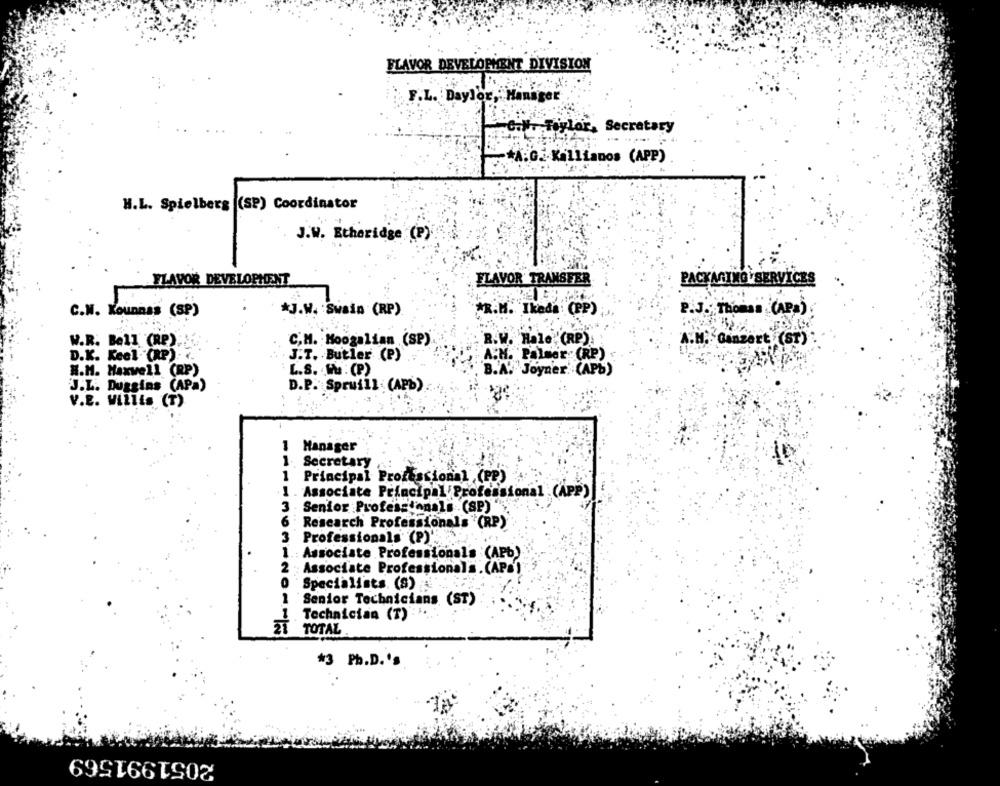
FLAVOR DEVELOPMENT DIVISION
F.L. Daylor, Manager
Taylor, Secretary
A.G. Kallianos (APP)
H.L. Spielberg (SP) Coordinator
J.W. Etheridge (P).
FLAVOR DEVELOPMENT
FLAVOR' TRANSFER
PACKAGING SERVICES
C.N. Kounnas (SP)
*J.W. Swain (RP)
*R.M. Ikeda: (PP)
2.3 .; Thomas (APA).
R.W. Hale,'(RP)
W.R. Bell (RP)
C.M. Moogalian (SP)
A.M. Ganzert (ST)
D.K. Keel.(RP)
J.T. Butler (P)"
A.M. Palmer (RP)
H.M. Maxwell (RP)
L.S. W . (P)
B.A. Joyner (APb)
J.L. Duggins (APa)
D.P. Spruill (APB)
V.E. Willis (T)
1 Manager
1.
Secretary
1
Principal Professional (PP)
Associate Principal Professional (APP)
3 - Senior Professionals .(SP) "
6 Research Professionals (RP)
3 Professionals (P)",
1 .: Associate Professionals (APb)
2 Associate Professionals . (APs)"
0
Specialists (S)
1
Senior Technicians (ST)
1 Technician (T)
27 TOTAL
*3 Pb.D.'s
2051991569